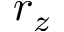
r _ { z }